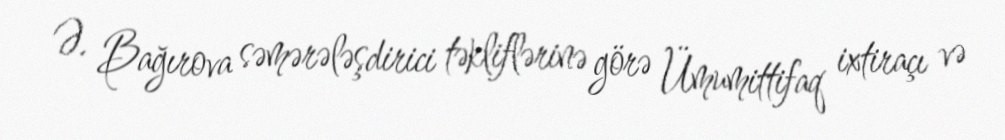
Ə. Bağırova səmərələşdirici təkliflərinə görə Ümumittifaq ixtiraçı və